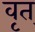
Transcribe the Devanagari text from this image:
वृत्